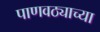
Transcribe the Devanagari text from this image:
पाणवठ्याच्या